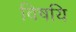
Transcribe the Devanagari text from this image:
विषयि